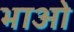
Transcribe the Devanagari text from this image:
भाओ